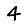
Digit: 4